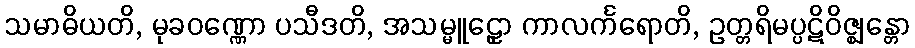
သမာဓိယတိ, မုခဝဏ္ဏော ပသီဒတိ, အသမ္မူဠှော ကာလင်္ကရောတိ, ဥတ္တရိမပ္ပဋိဝိဇ္ဈန္တော